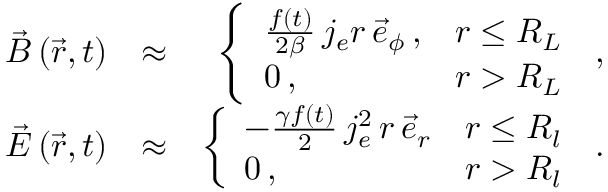
\begin{array} { r l r } { \vec { B } \left( \vec { r } , t \right) } & { \approx } & { \left\{ \begin{array} { l l } { \frac { f ( t ) } { 2 \beta } \, j _ { e } r \, \vec { e } _ { \phi } \, , } & { r \le R _ { L } } \\ { 0 \, , } & { r > R _ { L } } \end{array} \right. \, , } \\ { \vec { E } \left( \vec { r } , t \right) } & { \approx } & { \left\{ \begin{array} { l l } { - \frac { \gamma f ( t ) } { 2 } \, j _ { e } ^ { 2 } \, r \, \vec { e } _ { r } } & { r \le R _ { l } } \\ { 0 \, , } & { r > R _ { l } } \end{array} \right. \, . } \end{array}